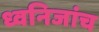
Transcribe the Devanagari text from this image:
ध्वनिजांच